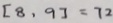
[ 8 , 9 ] = 7 2